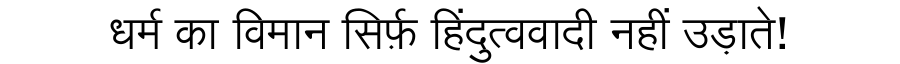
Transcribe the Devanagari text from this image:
धर्म का विमान सिर्फ़ हिंदुत्ववादी नहीं उड़ाते!